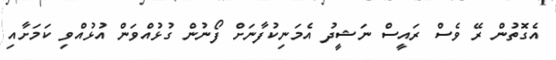
އެގޮތުން ރޭ ވެސް ރައީސް ނަޝީދު އެމަނިކުފާނަށް ފޯނުން ގުޅުއްވަން އުޅުއްވި ކަމަށާއި